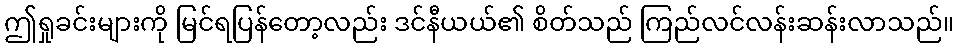
ဤရှုခင်းများကို မြင်ရပြန်တော့လည်း ဒင်နီယယ်၏ စိတ်သည် ကြည်လင်လန်းဆန်းလာသည်။